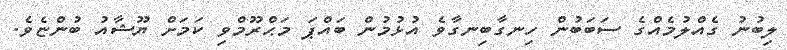
ލިބުނު ގެއްލުމެއްގެ ސަބަބުން ހިނގާބިނގާވެ އުޅުމުން ބައްޕަ މަޙްރޫމްވި ކަމަށް ޔޫޝާއު ބުންޏެވެ.